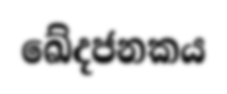
ඛේදජනකය